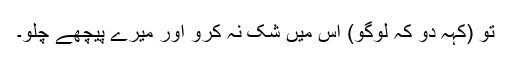
تو (کہہ دو کہ لوگو) اس میں شک نہ کرو اور میرے پیچھے چلو۔